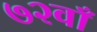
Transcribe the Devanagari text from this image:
७२वाँ